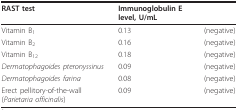
| RAST test | Immunoglobulin E level, U/mL |  |
 | --- | --- | --- |
 | Vitamin B1 | 0.13 | (negative) |
 | Vitamin B2 | 0.16 | (negative) |
 | Vitamin B12 | 0.18 | (negative) |
 | Dermatophagoides pteronyssinus | 0.09 | (negative) |
 | Dermatophagoides farina | 0.08 | (negative) |
 | Erect pellitory-of-the-wall (Parietaria officinalis) | 0.09 | (negative) |